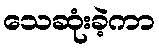
သေဆုံးခဲ့ကာ